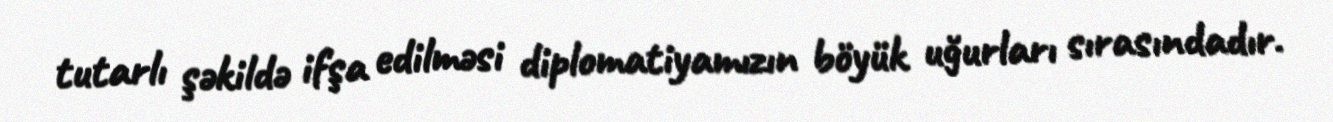
tutarlı şəkildə ifşa edilməsi diplomatiyamızın böyük uğurları sırasındadır.